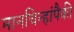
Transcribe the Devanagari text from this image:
मानचिन्हांपैकी